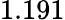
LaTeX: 1.191